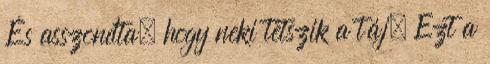
És asszondta, hogy neki tetszik a táj. Ezt a